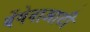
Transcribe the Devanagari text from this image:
बेंगेनाआटी